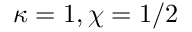
\protect \kappa = 1 , \protect \chi = 1 / 2